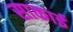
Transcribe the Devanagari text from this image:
साकाई